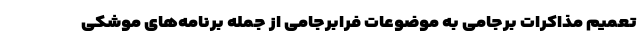
تعمیم مذاکرات برجامی به موضوعات فرابرجامی از جمله برنامه‌های موشکی